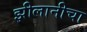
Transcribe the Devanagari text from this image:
झीलानीचा